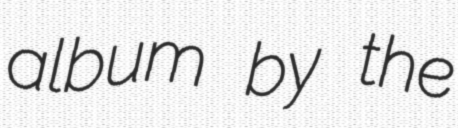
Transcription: album by the